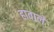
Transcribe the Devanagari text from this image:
हावाले